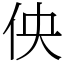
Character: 佒